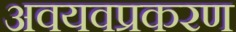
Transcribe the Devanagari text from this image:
अवयवप्रकरण